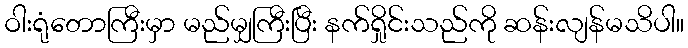
ဝါးရုံတောကြီးမှာ မည်မျှကြီးပြီး နက်ရှိုင်းသည်ကို ဆန်းလျန်မသိပါ။